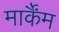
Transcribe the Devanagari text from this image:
मार्कैंम